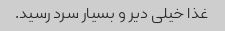
غذا خیلی دیر و بسیار سرد رسید.